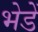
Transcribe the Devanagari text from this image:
भेडें